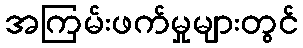
အကြမ်းဖက်မှုများတွင်